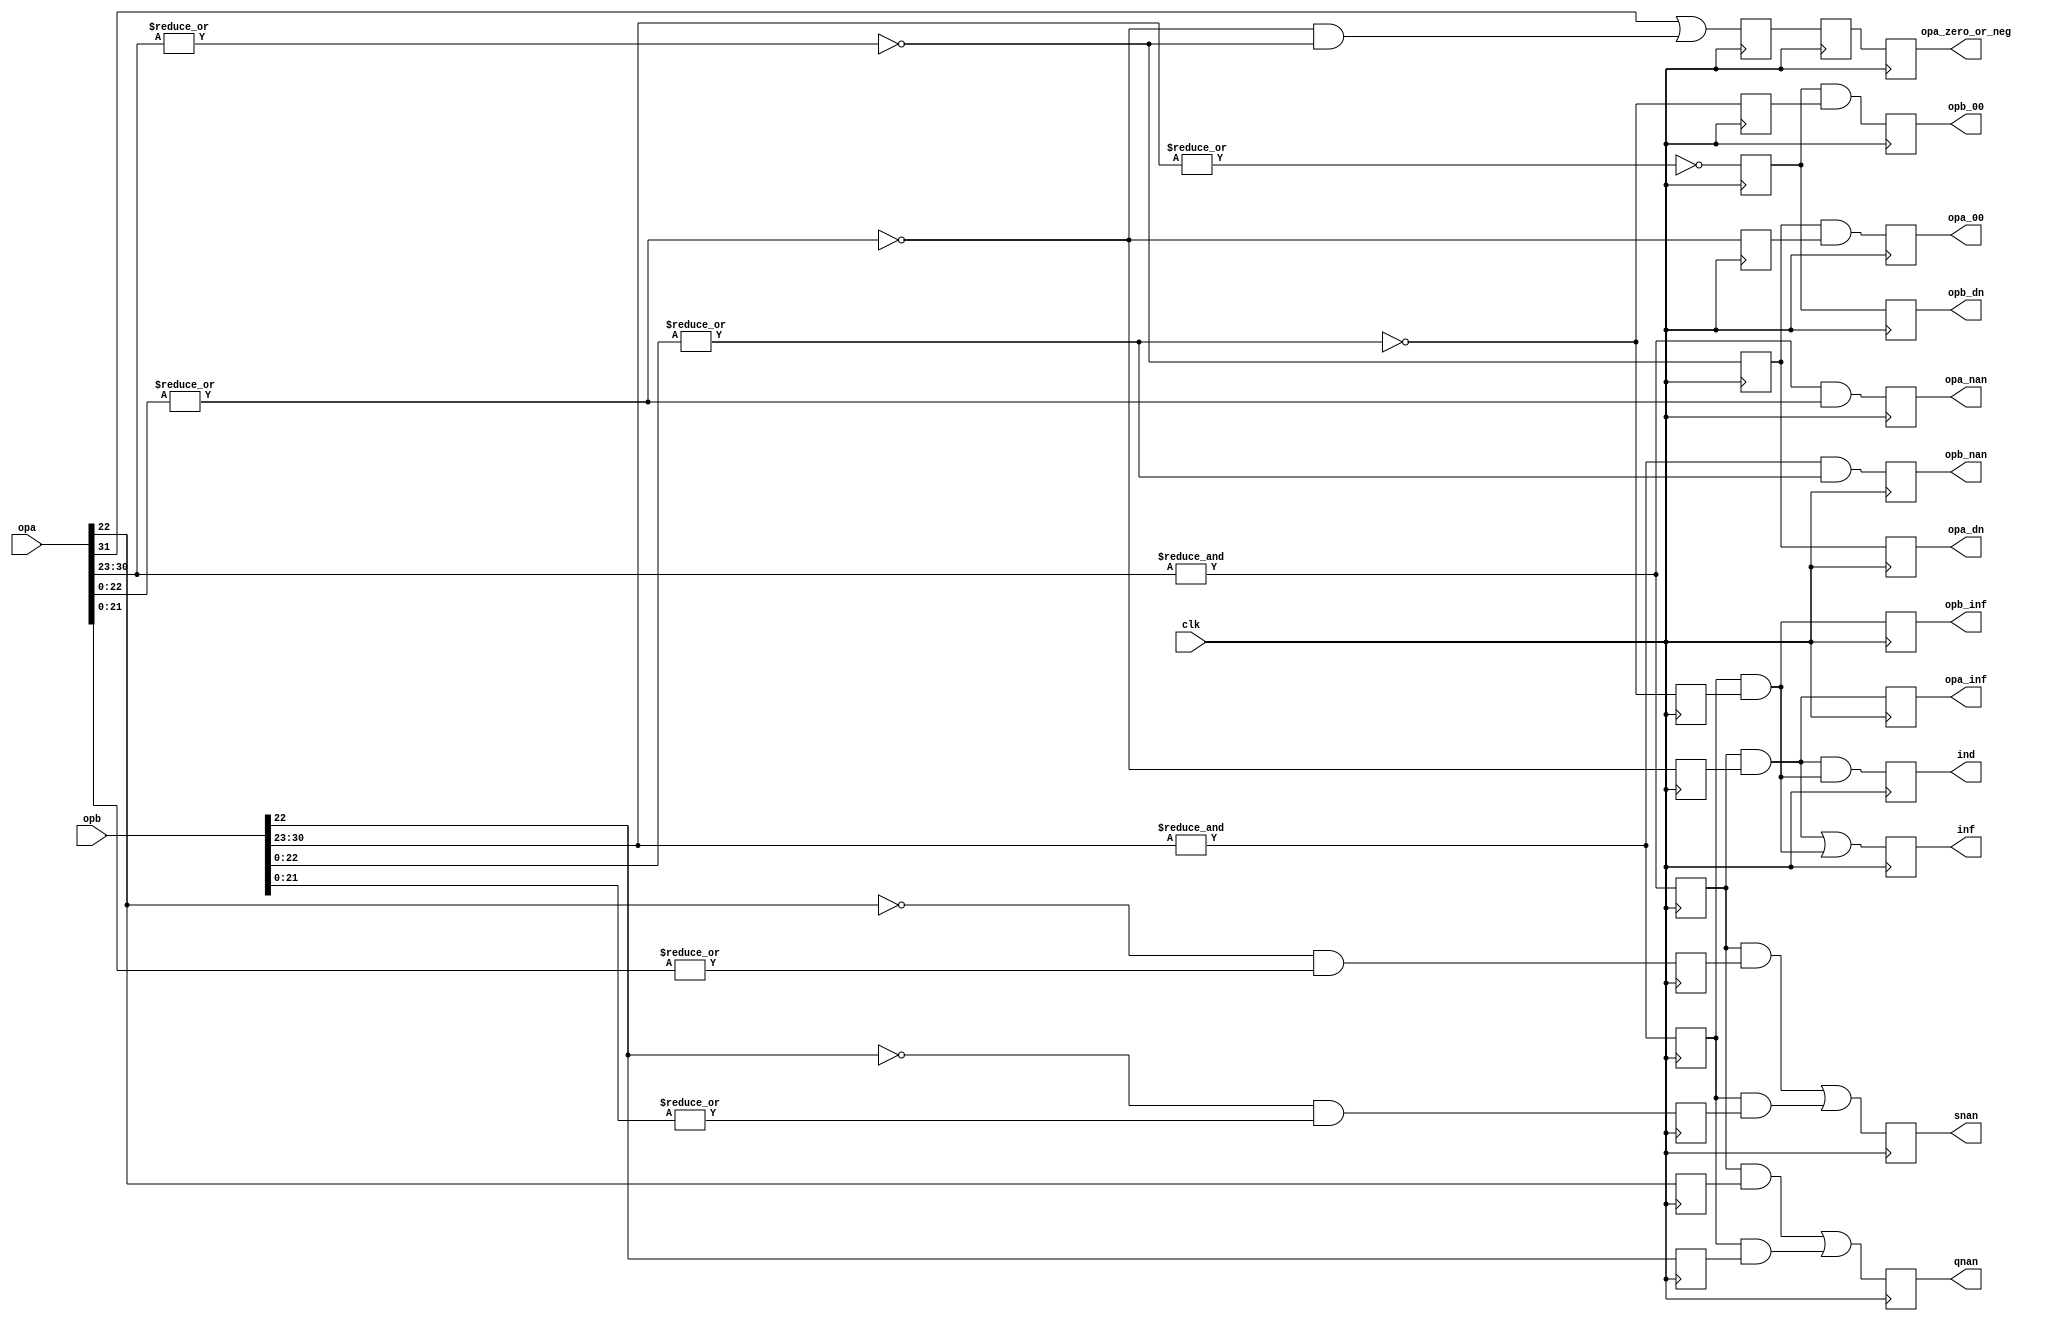
/////////////////////////////////////////////////////////////////////
////                                                             ////
////  EXCEPT                                                     ////
////  Floating Point Exception/Special Numbers Unit              ////
////                                                             ////
////          rudi@asics.ws                                      ////
////                                                             ////
/////////////////////////////////////////////////////////////////////
////                                                             ////
//// Copyright (C) 2000 Rudolf Usselmann                         ////
////                    rudi@asics.ws                            ////
////                                                             ////
//// This source file may be used and distributed without        ////
//// restriction provided that this copyright statement is not   ////
//// removed from the file and that any derivative work contains ////
//// the original copyright notice and the associated disclaimer.////
////                                                             ////
////     THIS SOFTWARE IS PROVIDED ``AS IS'' AND WITHOUT ANY     ////
//// EXPRESS OR IMPLIED WARRANTIES, INCLUDING, BUT NOT LIMITED   ////
//// TO, THE IMPLIED WARRANTIES OF MERCHANTABILITY AND FITNESS   ////
//// FOR A PARTICULAR PURPOSE. IN NO EVENT SHALL THE AUTHOR      ////
//// OR CONTRIBUTORS BE LIABLE FOR ANY DIRECT, INDIRECT,         ////
//// INCIDENTAL, SPECIAL, EXEMPLARY, OR CONSEQUENTIAL DAMAGES    ////
//// (INCLUDING, BUT NOT LIMITED TO, PROCUREMENT OF SUBSTITUTE   ////
//// GOODS OR SERVICES; LOSS OF USE, DATA, OR PROFITS; OR        ////
//// BUSINESS INTERRUPTION) HOWEVER CAUSED AND ON ANY THEORY OF  ////
//// LIABILITY, WHETHER IN  CONTRACT, STRICT LIABILITY, OR TORT  ////
//// (INCLUDING NEGLIGENCE OR OTHERWISE) ARISING IN ANY WAY OUT  ////
//// OF THE USE OF THIS SOFTWARE, EVEN IF ADVISED OF THE         ////
//// POSSIBILITY OF SUCH DAMAGE.                                 ////
////                                                             ////
/////////////////////////////////////////////////////////////////////


`timescale 1ns / 100ps


module except(	clk, opa, opb, inf, ind, qnan, snan, 
       opa_nan, opb_nan,
		  opa_00, opb_00, opa_inf, opb_inf, opa_dn, opb_dn,
		  
		  ///new exception
        opa_zero_or_neg
		  
		  );
		  
input		clk;
input	[31:0]	opa, opb;
output		inf, ind, qnan, snan, opa_nan, opb_nan;
////new exception
output opa_zero_or_neg;

output		opa_00, opb_00;
output		opa_inf, opb_inf;
output		opa_dn;
output		opb_dn;

////////////////////////////////////////////////////////////////////////
//
// Local Wires and registers
//

wire	[7:0]	expa, expb;		// alias to opX exponent
wire	[22:0]	fracta, fractb;		// alias to opX fraction
reg		expa_ff, infa_f_r, qnan_r_a, snan_r_a;
reg		expb_ff, infb_f_r, qnan_r_b, snan_r_b;

////Exceptia noua LOG
reg opa_zero_or_neg;


reg		inf, ind, qnan, snan;	// Output registers
reg		opa_nan, opb_nan;
reg		expa_00, expb_00, fracta_00, fractb_00;
reg		opa_00, opb_00;
reg		opa_inf, opb_inf;
reg		opa_dn, opb_dn;

////////////////////////////////////////////////////////////////////////
//
// Aliases
//

assign   expa = opa[30:23];
assign   expb = opb[30:23];
assign fracta = opa[22:0];
assign fractb = opb[22:0];

////////////////////////////////////////////////////////////////////////
//
// Determine if any of the input operators is a INF or NAN or any other special number
//

always @(posedge clk)
	expa_ff <= #1 &expa;

always @(posedge clk)
	expb_ff <= #1 &expb;
	
always @(posedge clk)
	infa_f_r <= #1 !(|fracta);

always @(posedge clk)
	infb_f_r <= #1 !(|fractb);

always @(posedge clk)
	qnan_r_a <= #1  fracta[22];

always @(posedge clk)
	snan_r_a <= #1 !fracta[22] & |fracta[21:0];
	
always @(posedge clk)
	qnan_r_b <= #1  fractb[22];

always @(posedge clk)
	snan_r_b <= #1 !fractb[22] & |fractb[21:0];

always @(posedge clk)
	ind  <= #1 (expa_ff & infa_f_r) & (expb_ff & infb_f_r);

always @(posedge clk)
	inf  <= #1 (expa_ff & infa_f_r) | (expb_ff & infb_f_r);

always @(posedge clk)
	qnan <= #1 (expa_ff & qnan_r_a) | (expb_ff & qnan_r_b);

always @(posedge clk)
	snan <= #1 (expa_ff & snan_r_a) | (expb_ff & snan_r_b);

always @(posedge clk)
	opa_nan <= #1 &expa & (|fracta[22:0]);

always @(posedge clk)
	opb_nan <= #1 &expb & (|fractb[22:0]);

always @(posedge clk)
	opa_inf <= #1 (expa_ff & infa_f_r);

always @(posedge clk)
	opb_inf <= #1 (expb_ff & infb_f_r);

always @(posedge clk)
	expa_00 <= #1 !(|expa);

always @(posedge clk)
	expb_00 <= #1 !(|expb);

always @(posedge clk)
	fracta_00 <= #1 !(|fracta);

always @(posedge clk)
	fractb_00 <= #1 !(|fractb);

always @(posedge clk)
	opa_00 <= #1 expa_00 & fracta_00;

always @(posedge clk)
	opb_00 <= #1 expb_00 & fractb_00;

always @(posedge clk)
	opa_dn <= #1 expa_00;

always @(posedge clk)
	opb_dn <= #1 expb_00;
	
	reg zon1, zon2, zon3, zon4;
	
	
  ///Exceptie la calculul logaritmului: a < 0 sau a = 0
  always @(posedge clk)begin
         // opa_zero_or_neg<= #1 opa[31] | (!(|fracta) & !(|expa));
          zon1<=#1 opa[31] | (!(|fracta) & !(|expa));
          zon2<=#1 zon1;
         
          opa_zero_or_neg<=#1 zon2;
          
          
        end

endmodule